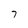
Character: 7